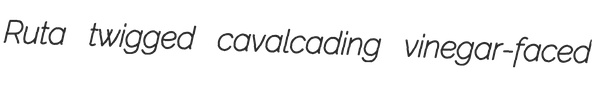
Ruta twigged cavalcading vinegar-faced